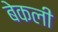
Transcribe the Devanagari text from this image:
बेकली